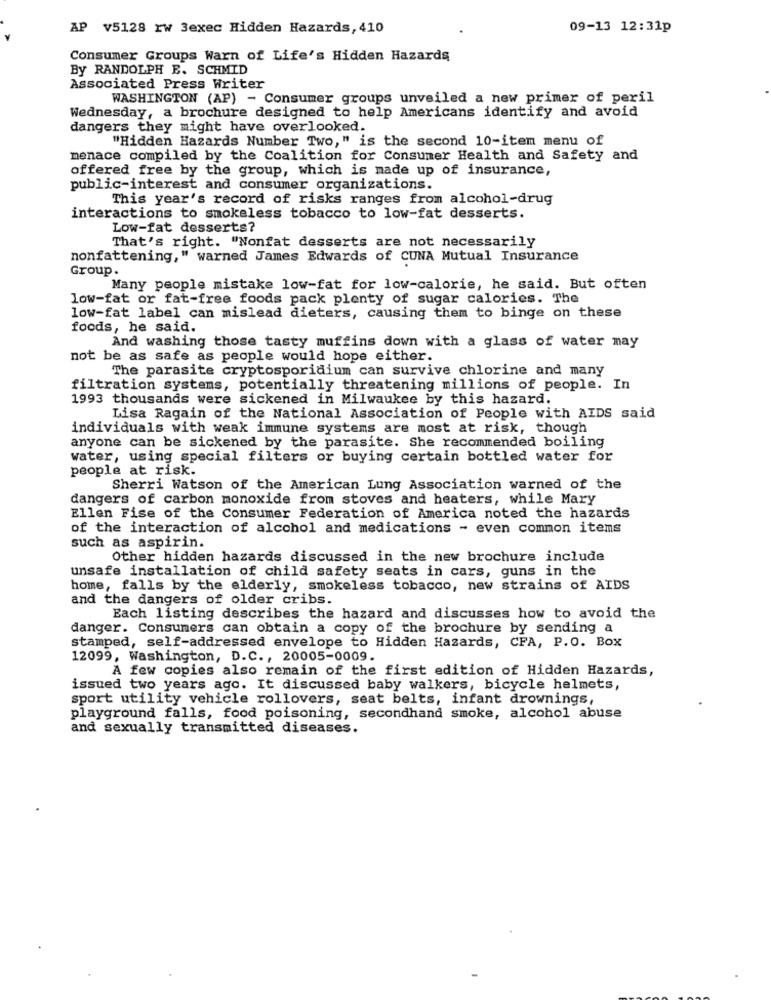
AP v5128 rw 3exec Hidden Hazards, 410
09-13 12:31p
Consumer Groups Warn of Life's Hidden Hazards
By RANDOLPH E. SCHMID
Associated Press Writer
WASHINGTON (AP) - Consumer groups unveiled a new primer of peril
Wednesday, a brochure designed to help Americans identify and avoid
dangers they might have overlooked.
"Hidden Hazards Number Two," is the second 10-item menu of
menace compiled by the Coalition for Consumer Health and Safety and
offered free by the group, which is made up of insurance,
public-interest and consumer organizations.
This year's record of risks ranges from alcohol-drug
interactions to smokeless tobacco to low-fat desserts.
Low-fat desserts?
That's right. "Nonfat desserts are not necessarily
nonfattening," warned James Edwards of CUNA Mutual Insurance
Group.
Many people mistake low-fat for low-calorie, he said. But often
low-fat or fat-free foods pack plenty of sugar calories. The
low-fat label can mislead dieters, causing them to binge on these
foods, he said.
And washing those tasty muffins down with a glass of water may
not be as safe as people would hope either.
The parasite cryptosporidium can survive chlorine and many
filtration systems, potentially threatening millions of people. In
1993 thousands were sickened in Milwaukee by this hazard.
Lisa Ragain of the National Association of People with AIDS said
individuals with weak immune systems are most at risk, though
anyone can be sickened by the parasite. She recommended boiling
Water, using special filters or buying certain bottled water for
people at risk.
Sherri Watson of the American Lung Association warned of the
dangers of carbon monoxide from stoves and heaters, while Mary
Ellen Fise of the Consumer Federation of America noted the hazards
of the interaction of alcohol and medications - even common items
such as aspirin.
Other hidden hazards discussed in the new brochure include
unsafe installation of child safety seats in cars, guns in the
home, falls by the elderly, smokeless tobacco, new strains of AIDS
and the dangers of older cribs.
Each listing describes the hazard and discusses how to avoid the
danger. Consumers can obtain a copy of the brochure by sending a
stamped, self-addressed envelope to Hidden Hazards, CFA, P.O. Box
12099, Washington, D.C ., 20005-0009.
A few copies also remain of the first edition of Hidden Hazards,
issued two years ago. It discussed baby walkers, bicycle helmets,
sport utility vehicle rollovers, seat belts, infant drownings,
playground falls, food poisoning, secondhand smoke, alcohol abuse
and sexually transmitted diseases.